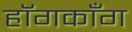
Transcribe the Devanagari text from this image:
हॉगकाँग